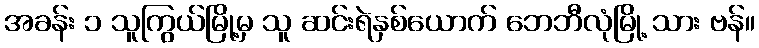
အခန်း ၁ သူကြွယ်မြို့မှ သူ ဆင်းရဲနှစ်ယောက် ဘေဘီလုံမြို့ သား ဗန်။